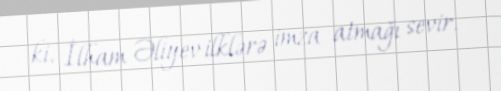
ki, İlham Əliyev ilklərə imza atmağı sevir.